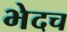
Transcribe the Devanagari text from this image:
भेदच